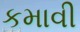
કમાવી